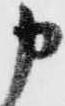
申